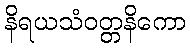
နိရယသံဝတ္တနိကော